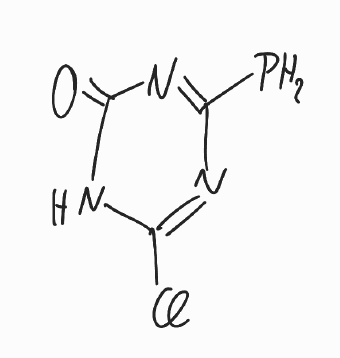
Simplified molecular-input line-entry system (SMILES) notation of the given molecule:
C1(=NC(=NC(=O)N1)P)Cl